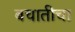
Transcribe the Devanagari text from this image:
बचातीचा